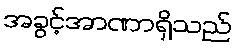
အခွင့်အာဏာရှိသည်